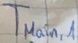
Text: TMain,1